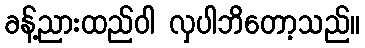
ခန့်ညားထည်ဝါ လှပါဘိတော့သည်။